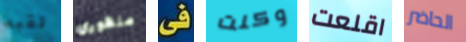
لقبه منظوري فى وكنت اقلعت الحاضر